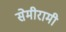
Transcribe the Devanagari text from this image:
सेमीरामी